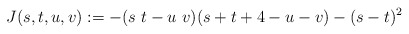
\begin{align*}J(s,t,u,v):=-(s~t-u~v)(s+t+4-u-v)-(s-t)^2\,\end{align*}